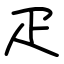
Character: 疋